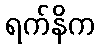
ရက်နိက